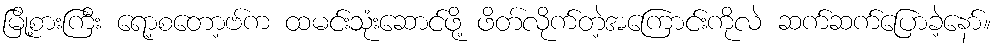
မြို့စားကြီး ရော့စတော့ဗ်က ထမင်းသုံးဆောင်ဖို့ ဖိတ်လိုက်တဲ့အကြောင်းကိုလဲ ဆက်ဆက်ပြောခဲ့နော်။